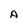
Character: A